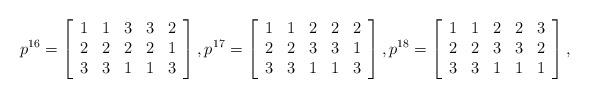
LaTeX: \begin{align*}p^{16}=\left[\begin{array}{ccccc} 1 & 1 & 3 & 3 & 2 \\ 2 & 2 & 2 & 2 & 1 \\ 3 & 3 & 1 & 1 & 3 \\\end{array}\right],p^{17}=\left[\begin{array}{ccccc} 1 & 1 & 2 & 2 & 2\\ 2 & 2 & 3 & 3 & 1\\ 3 & 3 & 1 & 1 & 3\\\end{array}\right],p^{18}=\left[\begin{array}{ccccc} 1 & 1 & 2 & 2 & 3 \\ 2 & 2 & 3 & 3 & 2 \\ 3 & 3 & 1 & 1 & 1 \\\end{array}\right],\end{align*}